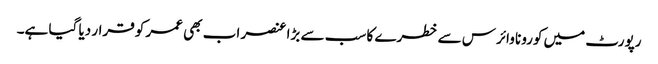
رپورٹ میں کورونا وائرس سے خطرے کا سب سے بڑا عنصر اب بھی عمر کو قرار دیا گیا ہے۔